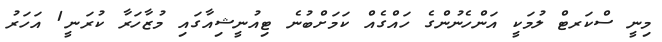
މިނީ ސްކަރޓް ލުމަކީ އަންހެނުންގެ ހައްގެއް ކަމަށްބުނެ ޓިއުނީޝިއާގައި މުޒާހަރާ ކުރަނީ1 އަހަރު